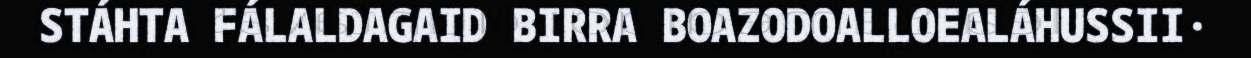
STÁHTA FÁLALDAGAID BIRRA BOAZODOALLOEALÁHUSSII·